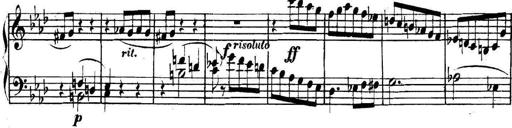
Title: Collected Piano Sonatas
Composer: Muzio Clementi